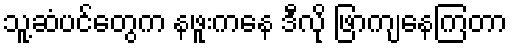
သူ့ဆံပင်တွေက နဖူးကနေ ဒီလို ဖြာကျနေကြတာ